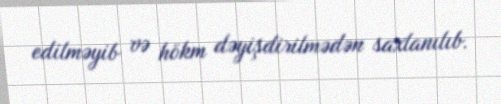
edilməyib və hökm dəyişdirilmədən saxlanılıb.